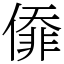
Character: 㒎